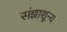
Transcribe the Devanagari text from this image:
संज्ञाशून्य